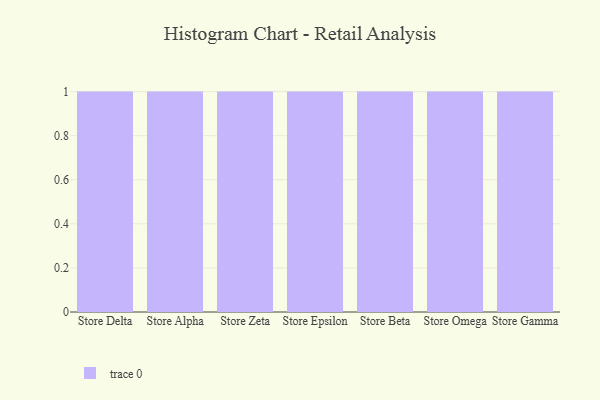
{"axis": {"x": "Store", "y": "Energy Usage (MWh)"}, "legend": [""], "data": [{"x": "Store Delta", "y": 99, "type": ""}, {"x": "Store Alpha", "y": 79, "type": ""}, {"x": "Store Zeta", "y": 24, "type": ""}, {"x": "Store Epsilon", "y": 6, "type": ""}, {"x": "Store Beta", "y": 88, "type": ""}, {"x": "Store Omega", "y": 16, "type": ""}, {"x": "Store Gamma", "y": 66, "type": ""}]}